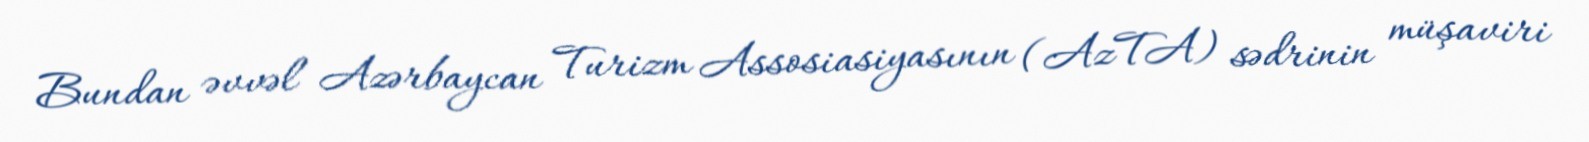
Bundan əvvəl Azərbaycan Turizm Assosiasiyasının (AzTA) sədrinin müşaviri